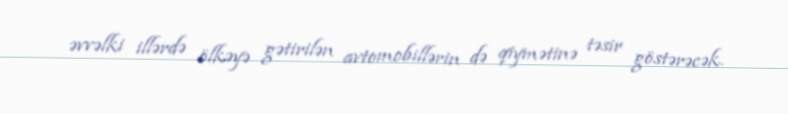
əvvəlki illərdə ölkəyə gətirilən avtomobillərin də qiymətinə təsir göstərəcək.